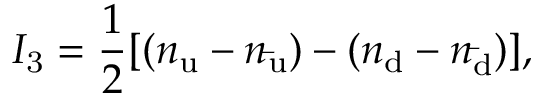
I _ { \mathrm { 3 } } = { \frac { 1 } { 2 } } [ ( n _ { \mathrm { u } } - n _ { \mathrm { \bar { u } } } ) - ( n _ { \mathrm { d } } - n _ { \mathrm { \bar { d } } } ) ] ,